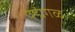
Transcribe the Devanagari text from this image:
पद्मंगळ